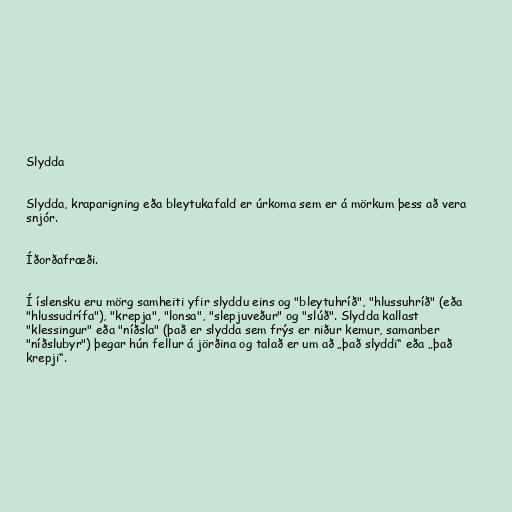
Slydda

Slydda, kraparigning eða bleytukafald er úrkoma sem er á mörkum þess að vera
snjór.

Íðorðafræði.

Í íslensku eru mörg samheiti yfir slyddu eins og "bleytuhríð", "hlussuhríð" (eða
"hlussudrífa"), "krepja", "lonsa", "slepjuveður" og "slúð". Slydda kallast
"klessingur" eða "níðsla" (það er slydda sem frýs er niður kemur, samanber
"níðslubyr") þegar hún fellur á jörðina og talað er um að „það slyddi“ eða „það
krepji“.